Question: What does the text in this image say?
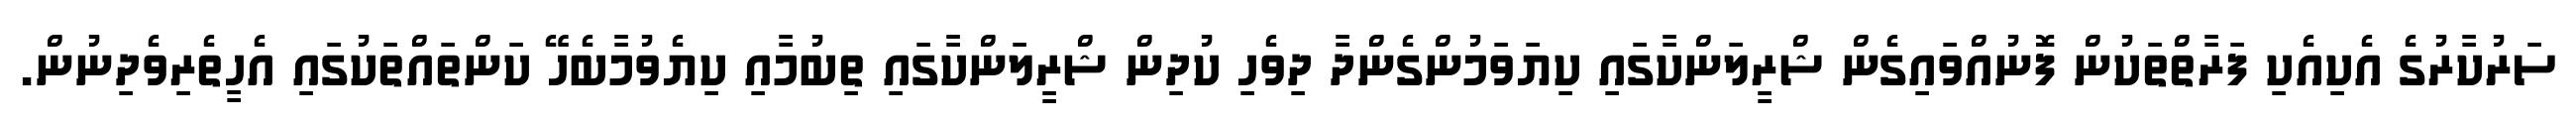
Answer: ސަރުކާރުގެ އެކިއެކި ފަރާތްތަކުން ފޮނުއްވައިގެން ޝްރީލަންކާގައި ކިޔަވަމުންގެންދާ ދިވެހި ކުދިން ޝްރީލަންކާގައި ތިބުމާއި ކިޔެވުމާބެހޭ ކަންތައްތަކުގައި އެހީތެރިވެދިނުން.